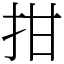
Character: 拑